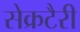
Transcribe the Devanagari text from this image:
सेक्रटैरी